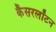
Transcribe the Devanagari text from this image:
कैसरलॉटन